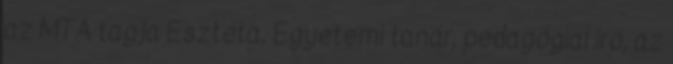
az MTA tagja Esztéta, Egyetemi tanár, pedagógiai író, az